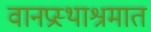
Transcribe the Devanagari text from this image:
वानप्रस्थाश्रमात